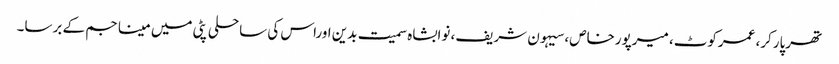
تھرپارکر، عمرکوٹ، میرپورخاص، سیہون شریف، نوابشاہ سمیت بدین اوراس کی ساحلی پٹی میں مینا جم کے برسا۔